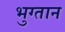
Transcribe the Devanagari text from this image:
भुग्तान